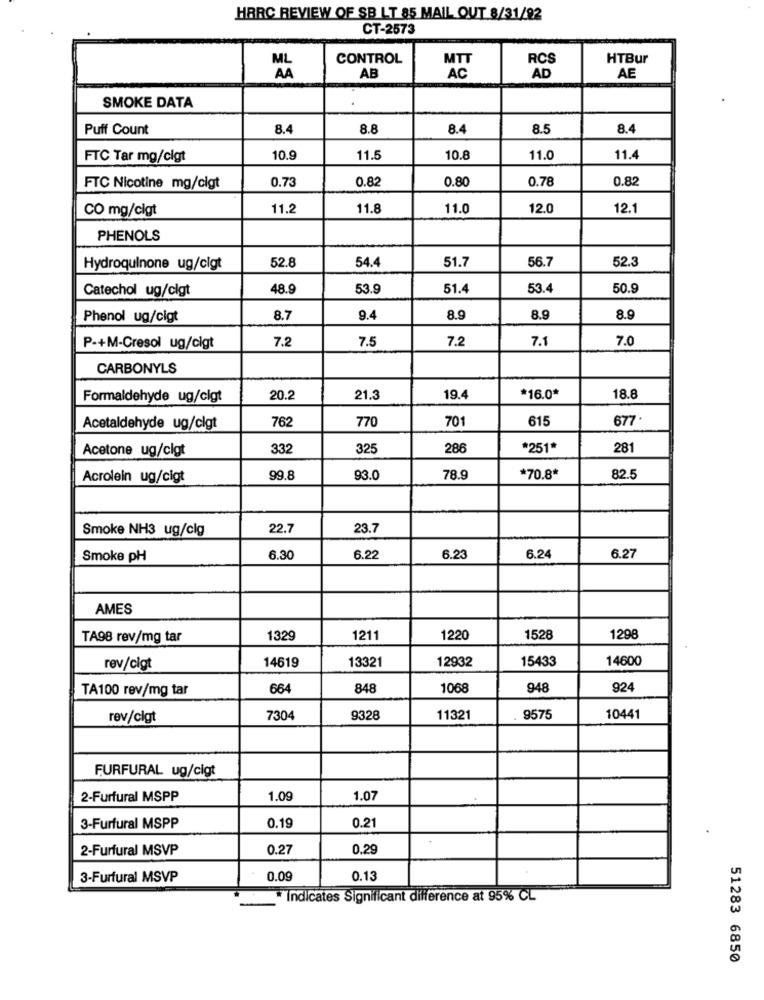
HARC REVIEW OF SB LT 85 MAIL OUT 8/31/92
CT-2573
CONTROL
RCS
HTBur
AA
AB
AC
AD
AE
SMOKE DATA
Puff Count
8.4
8.8
8.4
8.5
8.4
FTC Tar mg/cigt
10.9
11.5
10.8
11.0
11.4
0.73
0.82
0.80
0.78
0.82
FTC Nicotine mg/cigt
CO mg/cigt
11.2
11.8
11.0
12.0
12.1
PHENOLS
52.8
54.4
51.7
56.7
52.3
Hydroquinone ug/cigt
Catechol ug/cigt
48.9
53.9
51.4
53.4
50.9
Phenol ug/cigt
8.7
9.4
8.9
8.9
8.9
7.2
7.5
7.2
7.1
7.0
P-+M-Cresol ug/cigt
CARBONYLS
Formaldehyde ug/cigt
20.2
21.3
19.4
*16.0*
18.8
770
701
615
677-
Acetaldehyde ug/cigt
762
Acetone ug/cigt
332
325
286
*251*
281
Acrolein ug/cigt
99.8
93.0
78.9
*70.8*
82.5
Smoke NH3 ug/clg
22.7
23.7
Smoke pH
6.30
6.22
6.23
6.24
6.27
AMES
TA98 rev/mg tar
1329
1211
1220
1528
1298
14619
13321
12932
15433
14600
rev/cigt
TA100 rev/mg tar
664
848
1068
948
924
rev/cigt
7304
9328
11321
9575
10441
FURFURAL ug/cigt
2-Furfural MSPP
1.09
1.07
3-Furfural MSPP
0.19
0.21
2-Furfural MSVP
0.27
0.29
3-Furfural MSVP
0.09
0.13
Indicates Significant difference at 95% CL
51283 6850